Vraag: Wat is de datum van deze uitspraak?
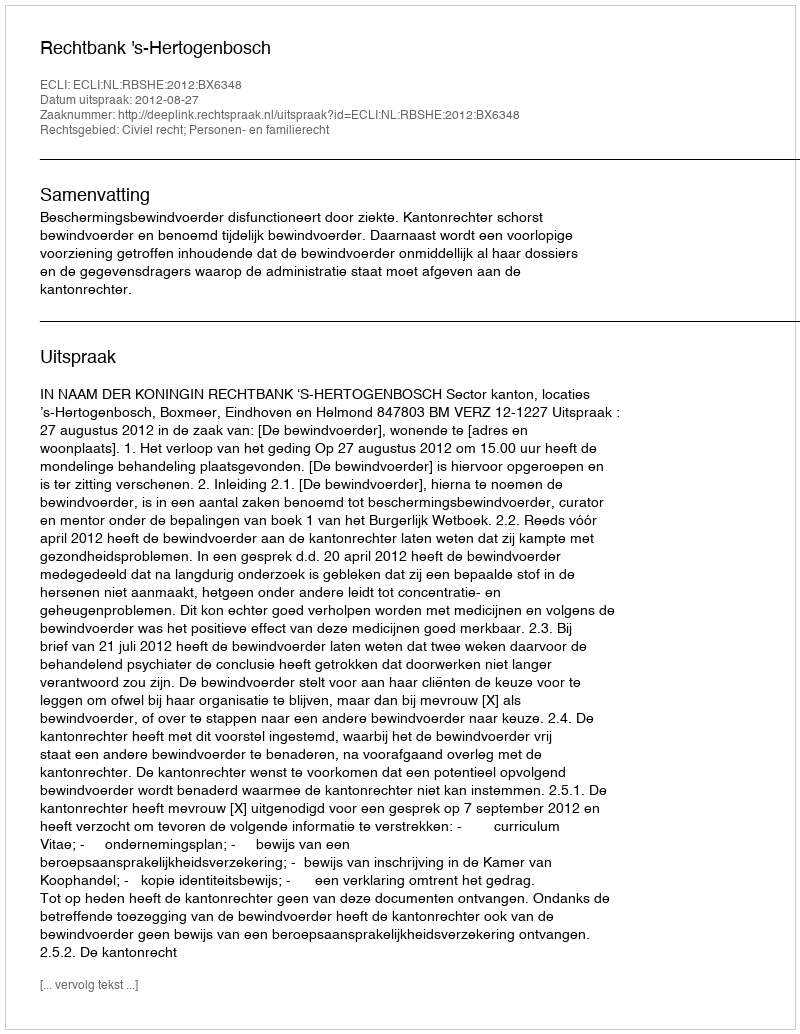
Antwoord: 2012-08-27